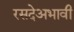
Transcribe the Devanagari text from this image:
रसदेअभावी